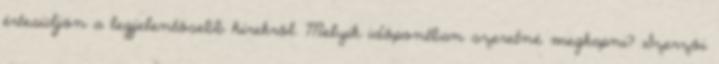
értesüljön a legjelentősebb hírekről. Melyik időpontban szeretné megkapni? Szerzői